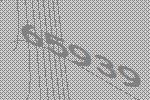
65939